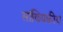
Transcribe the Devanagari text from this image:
सांख्‍यिकीय